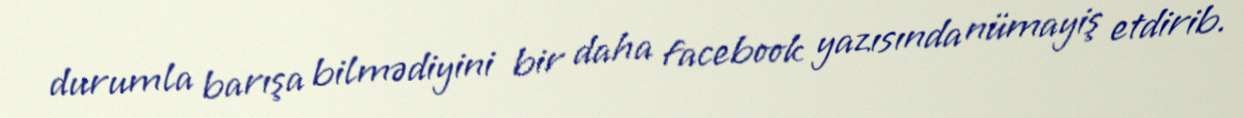
durumla barışa bilmədiyini bir daha facebook yazısında nümayiş etdirib.